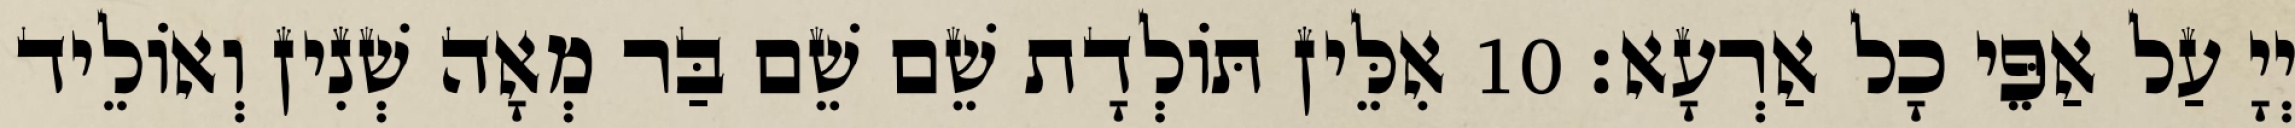
יְיָ עַל אַפֵּי כָל אַרְעָא׃ 10 אִלֵּין תּוֹלְדָת שֵׁם שֵׁם בַּר מְאָה שְׁנִין וְאוֹלֵיד